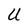
Character: U